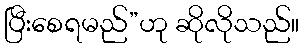
ပြီးစေရမည်”ဟု ဆိုလိုသည်။